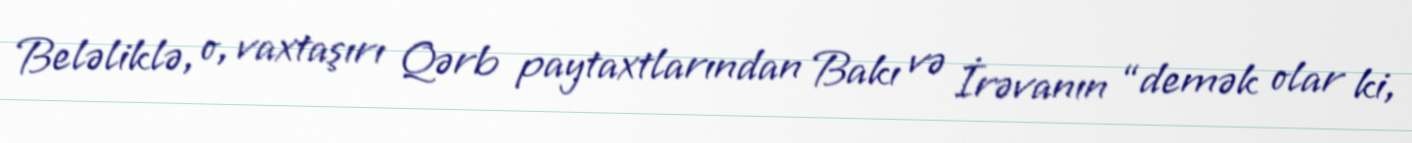
Beləliklə, o, vaxtaşırı Qərb paytaxtlarından Bakı və İrəvanın “demək olar ki,